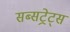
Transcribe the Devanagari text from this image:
सब्सट्रेट्स